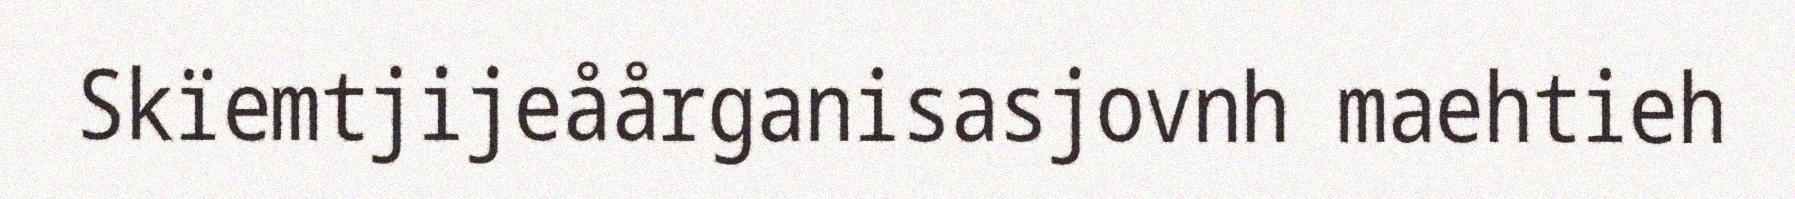
Skïemtjijeåårganisasjovnh maehtieh